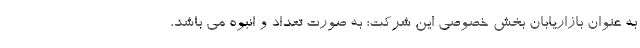
به عنوان بازاریابان بخش خصوصی این شرکت؛ به صورت تعداد و انبوه می باشد،